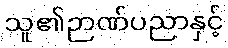
သူ၏ဉာဏ်ပညာနှင့်